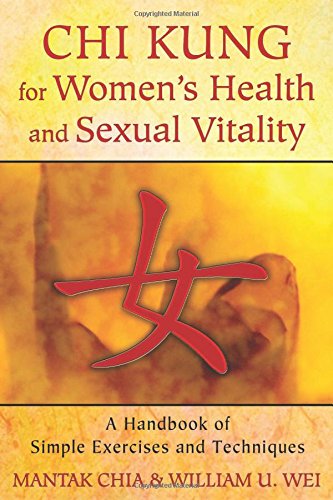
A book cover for Chi Kung for Women's Health and Sexual Vitality: A Handbook of Simple Exercises and Techniques; Mantak Chia; Health, Fitness & Dieting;